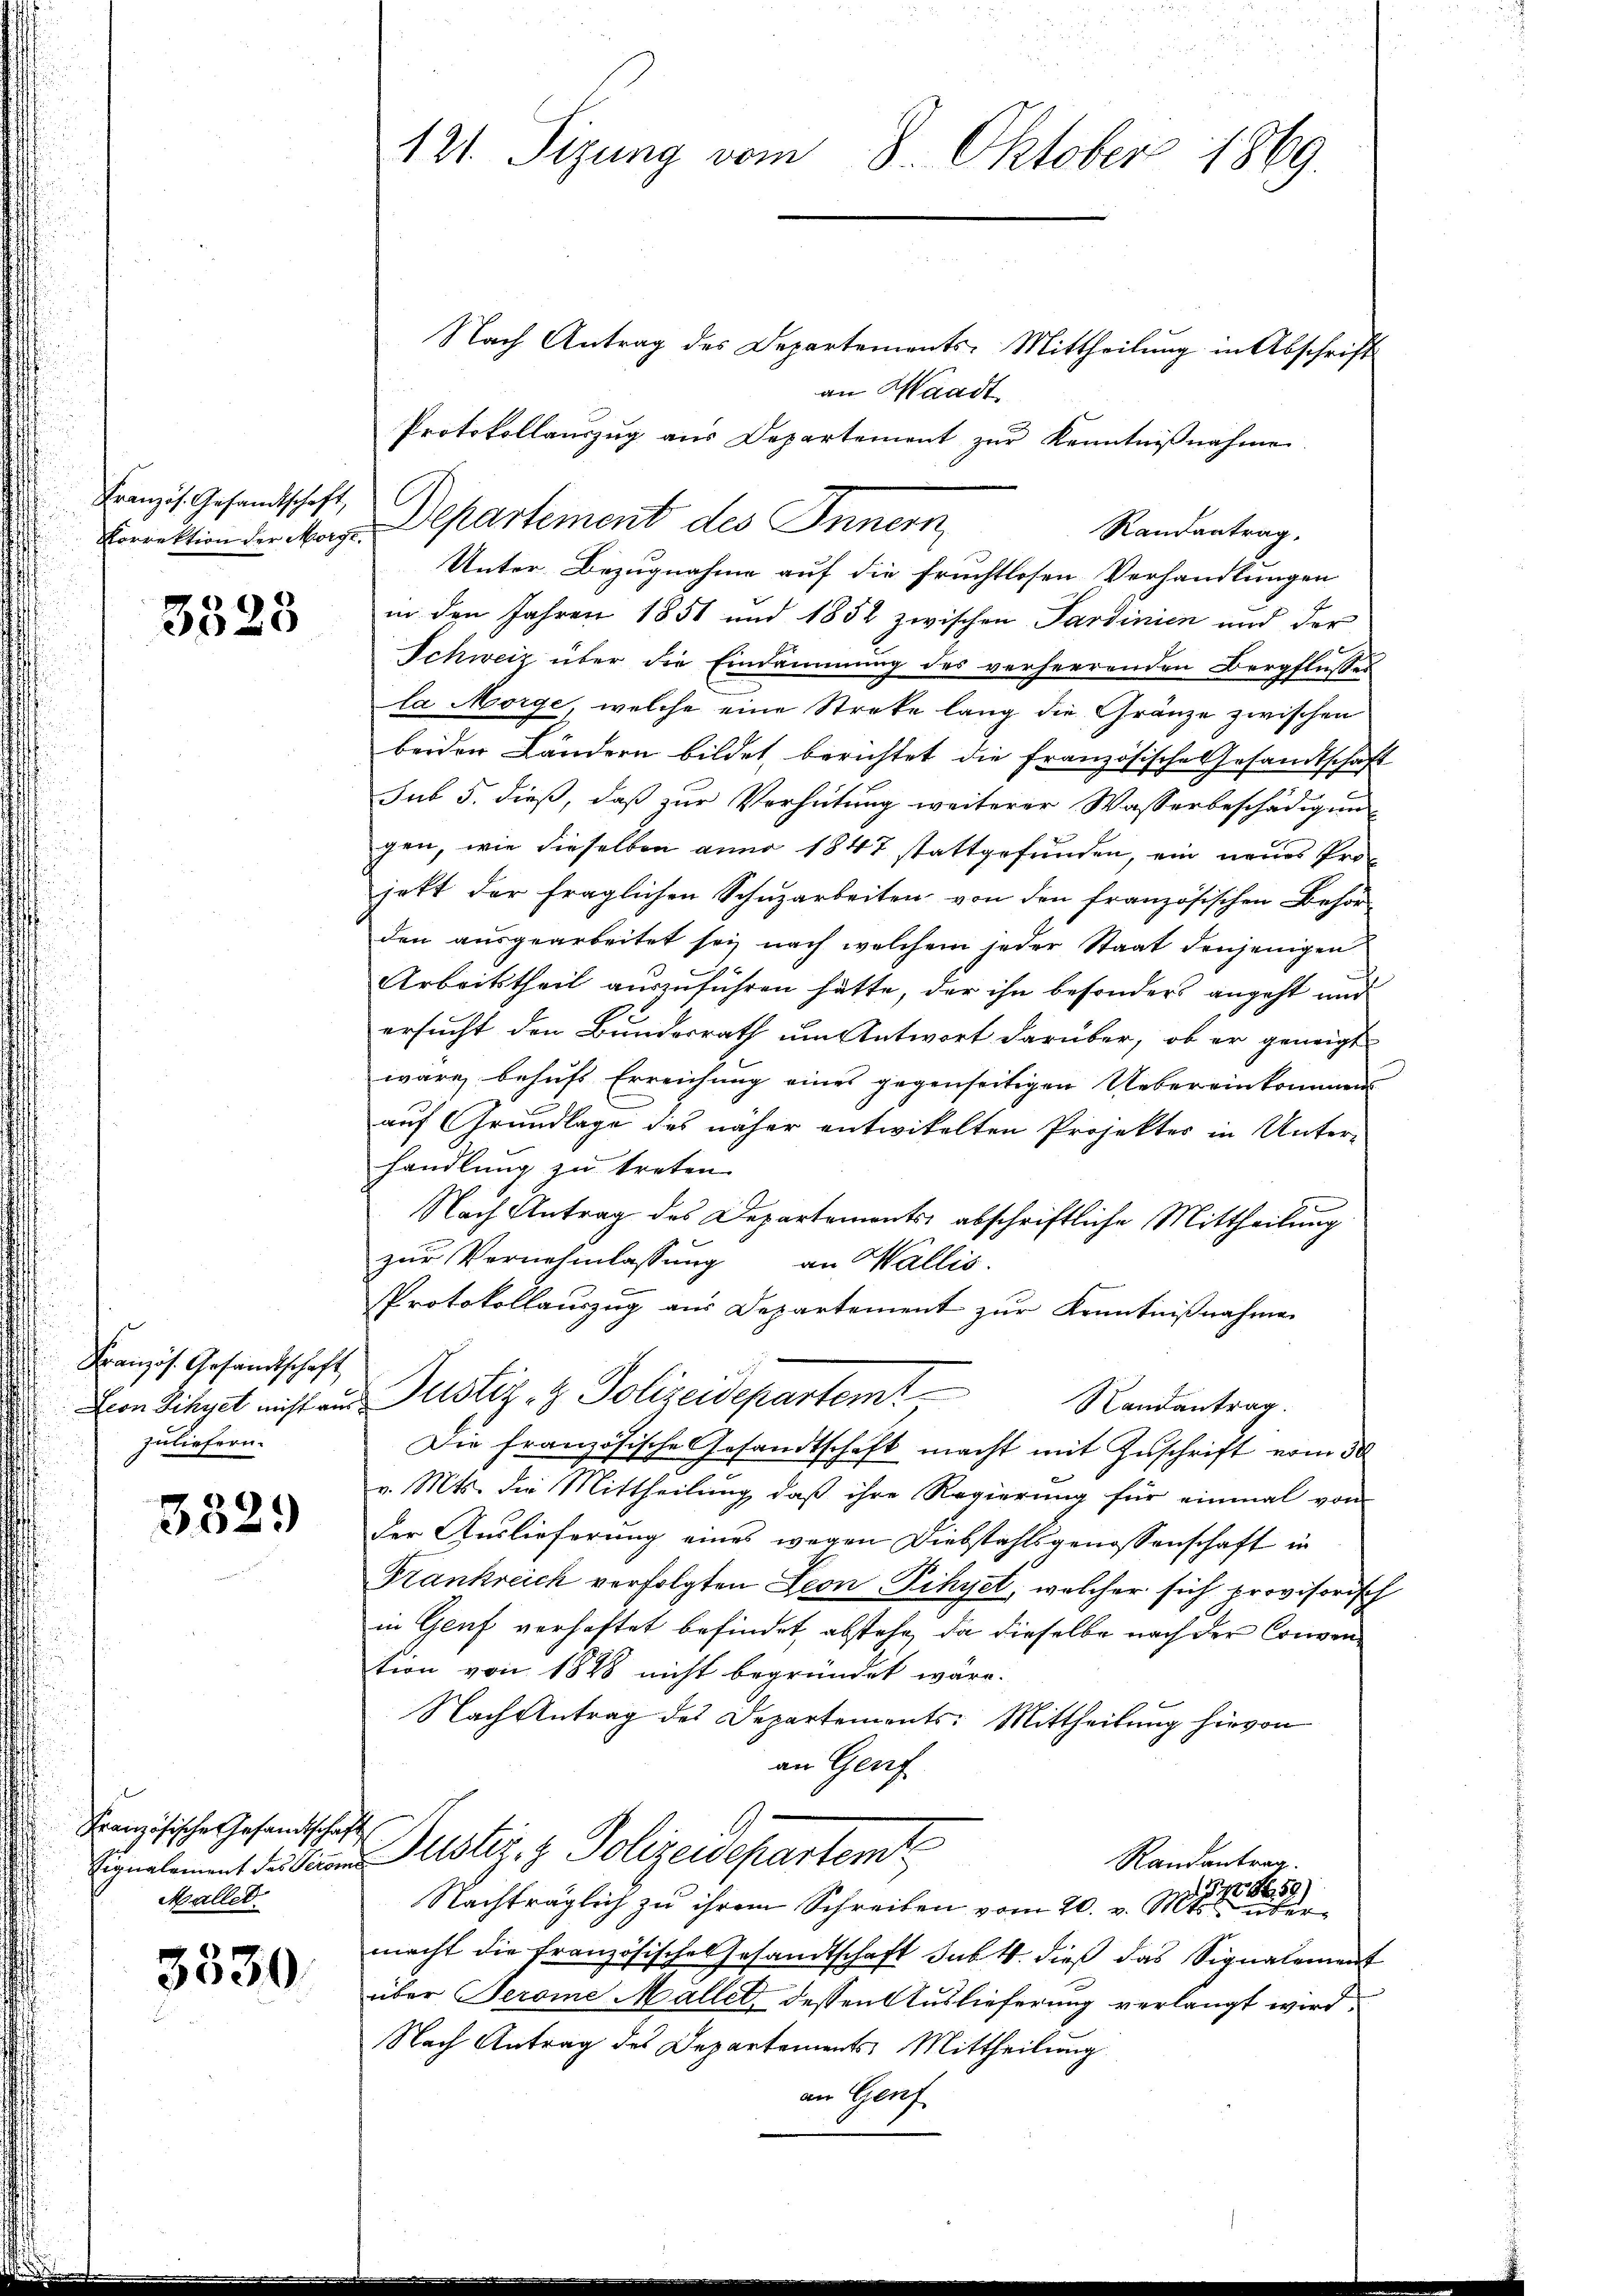
Französ. Gesandtschaft,
Korrektion der Morge.

3523

Französ. Gesandtschaft
Lion Schnet nicht aus:
zuliefern.

332.

Französische Gesandtschaft
Eignalement des Perome
Maller.

3530

121. Sizung vom 8. Oktober 1869.

Nach Antrag des Departements-Mittheilung in Abschrift
an Waadt
Protokollauszug aus Departement zur Kenntnißnahme
Departement des Innern,
Randantrag.
Unter Bezugnahme auf die fruchtlosen Verhandlungen
in den Jahren 1851 und 1852 zwischen Sardinien und der
Schweiz über die Eindammung des verheerenden Bergflusses
la Morge, welche eine Streke lang die Gränze zwischen
beiden Ländern bildet, berichtet die französische Gesandtschaft
sub 5. dieß, daß zur Verhütung weiterer Wasserbeschädigung
gen, wie dieselben anno 1847 stattgefunden, ein neues Projett der fraglichen Schuzarbeiten von den französischen Behör-
den ausgearbeitet sei nach welchem jeder Staat denjenigen
Arbeitstheil auszuführen hätte, der ihn besonders angeht und
ersucht den Bundesrath um Antwort darüber, ob er geneigt
wäre, behufs Erreichung eines gegenseitigen Uebereinkommen
auf Grundlage des näher entwickelten Projektes in Unterhandlung zu treten.
Nach Antrag des Departements abschriftliche Mittheilung
zur Vernehmlassung an Wallis.
Protokollauszug aus Departement zur Kenntnißnahme
Justiz- & Polizeidepartemt
Randantrag.
Die französische Gesandtschaft macht mit Zuschrift vom 30.
v. Mts. die Mittheilung, daß ihre Regierung für einmal von
der Auslieferung eines wegen Diebstahlsgenossenschaft in
Frankreich verfolgten Leon Pihyet, welcher sich provisorisch
in Genf verhaftet befindet, abstehe, da dieselbe nach der Convention von 1848 nicht begründet wäre.
Nach Antrag des Departements: Mittheilung hievon
an Genf
Justiz & Polizeidepartemt
Randantrag.
T S. 59
Nachträglich zu ihrem Schreiben vom 20. v. 1
macht die französische Gesandtschaft subt. dieß das Signalement
über Serome Mallet, dessen Auslieferung verlangt wird.
Nach Antrag des Departements Mittheilung
an Genf